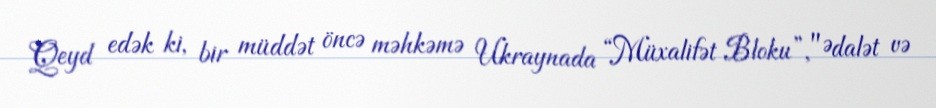
Qeyd edək ki, bir müddət öncə məhkəmə Ukraynada “Müxalifət Bloku”, "Ədalət və